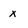
Character: x